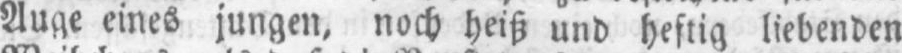
Auge eines jungen, noch heiß und heftig liebenden